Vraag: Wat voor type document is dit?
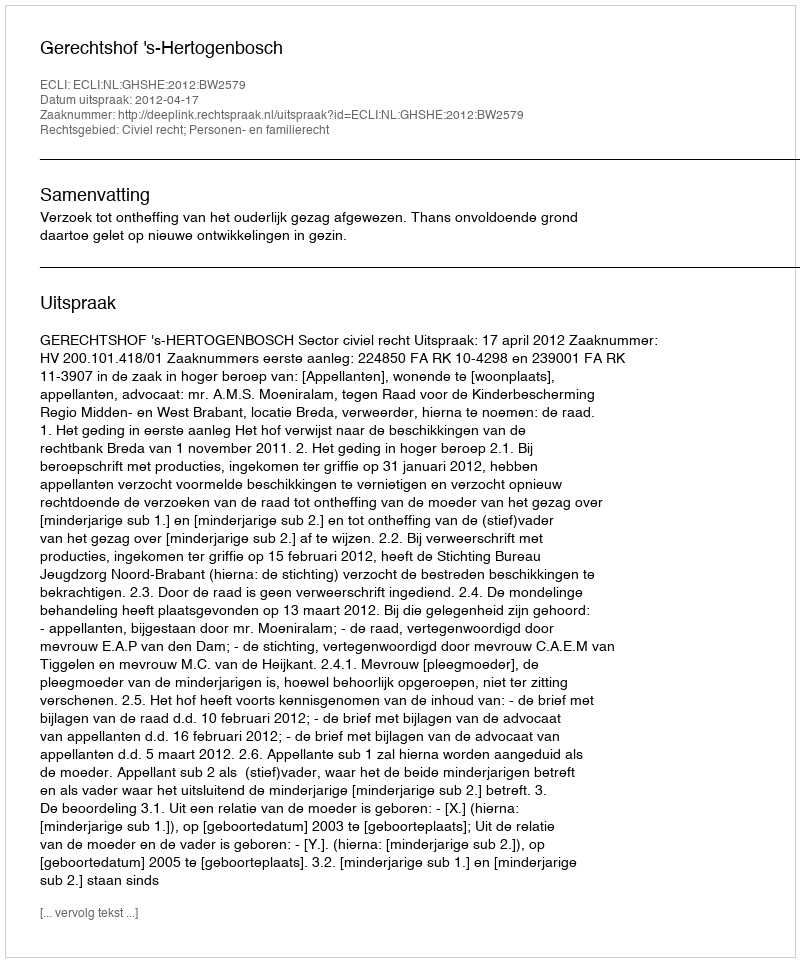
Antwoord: Uitspraak